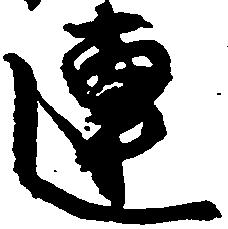
連